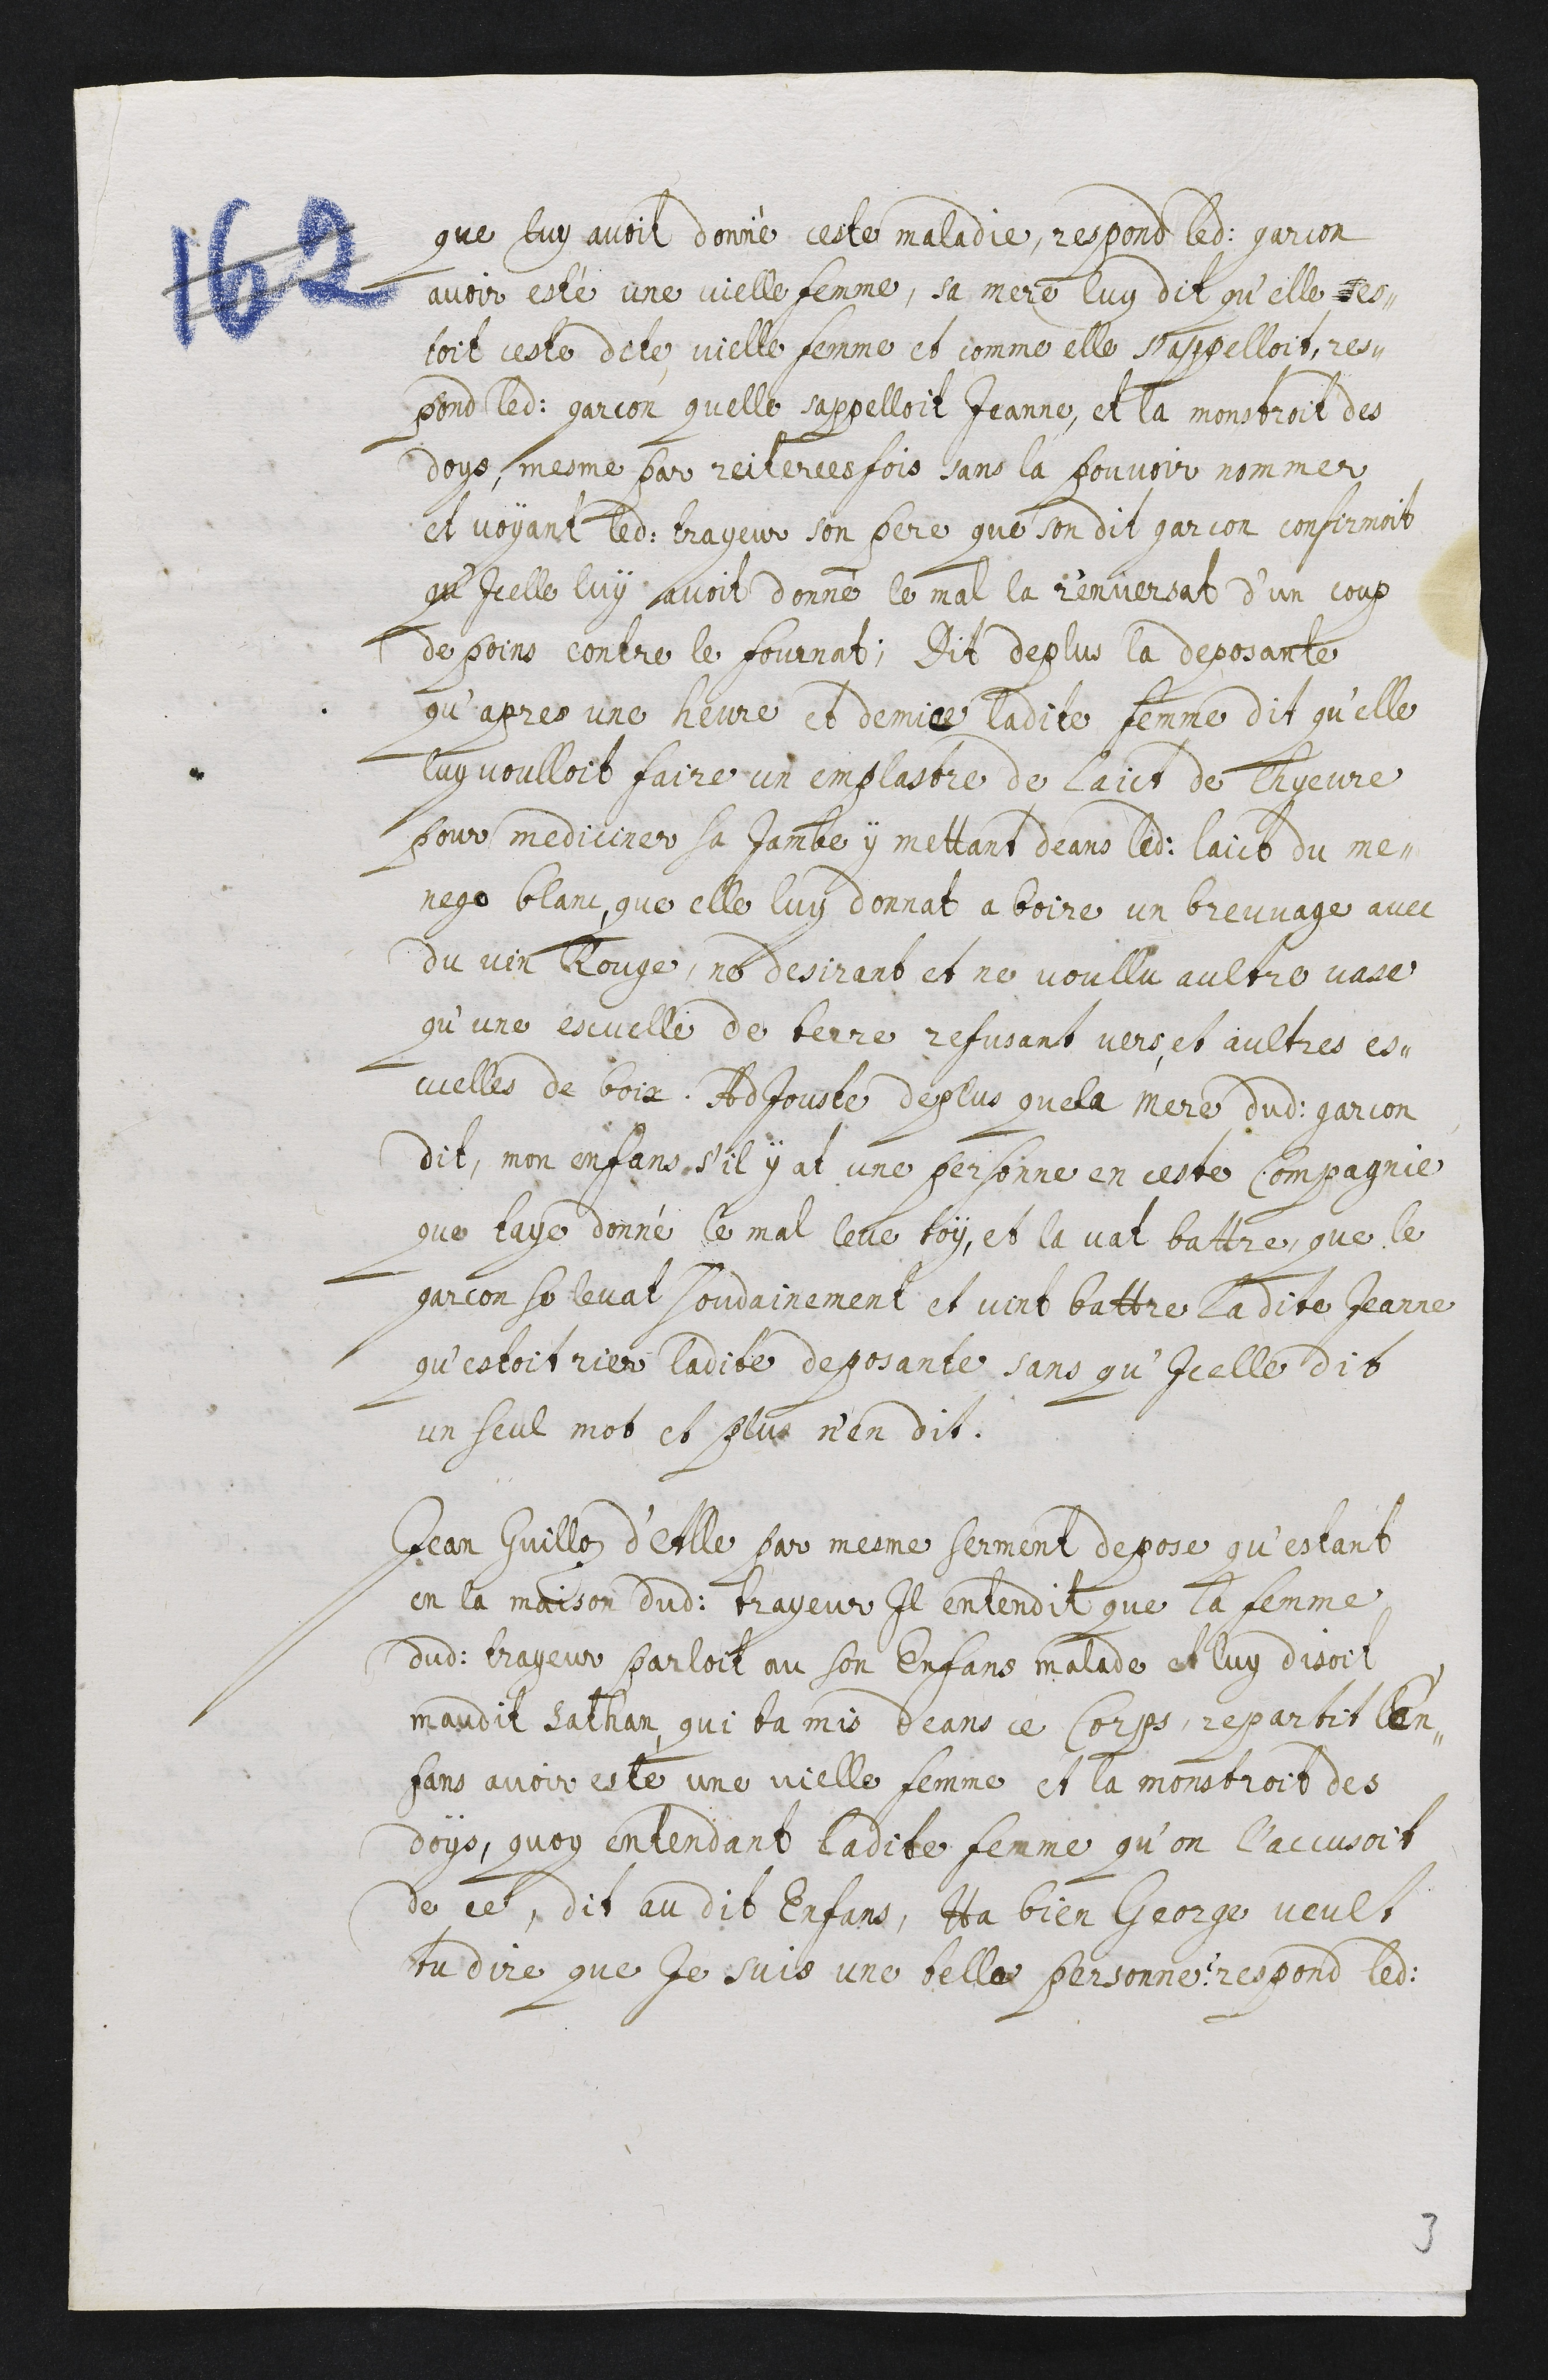
que luy avoit donné ceste maladie, respond ledit garcon
avoir esté une vielle femme, sa mere luy dit qu’elle s es-
toit ceste dite vielle femme et comme elle s’appeloit, res-
pond ledit garcon qu’elle s’appelloit Jeanne, et la monstroit des
doys, mesme par reiterees fois sans la pouvoir nommer
et voyant ledit trayeur son père que son dit garcon confirmoit
qu’icelle luy avoit donné le mal la renversat d’un coup
de poins contre le fournat ; Dit de plus la deposante
qu’apres une heure et demiee [sic] ladite femme dit qu’elle
luy voulloit faire un emplastre de laict de chyevre
pour mediciner sa jambe y mettant deans ledit laict du me-
nege blanc, que elle luy donnat a boire un breuvage avec
du vin rouge, ne desirant et ne voullu aultre vase
qu’une escuelle de terre refusant vers et aultre es-
cuelle de boix. Adjouste de plus que la mere dudit garcon
dit, mon enfans s’il y at une personne en ceste compagnie
que t’aye donné le mal leve toy, et la vat battre, que le
garcon se levat soudainement et vint battre ladite Jeanne
qu’estoit rier ladite deposante sans qu’icelle dit
un seul mot et plus n’en dit.
Jean Guilloz d’Alle par mesme serment depose qu’estant
en la maison dudit trayeur il entendit que la femme
dudit trayeur parloit au son enfans malade et luy disoit :
Maudit Sathan, qui ta mis deans ce corps, repartit l’en-
fans avoir esté une vielle femme et la monstroit des
doys, quoy entendant ladite femme qu’on l’accusoit
de ce, dit au dit enfans, Ha bien George veult
tu dire que je suis une telle personne ? respond ledit